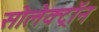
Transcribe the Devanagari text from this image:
सोलेक्ट्रॉन